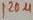
Text: 120µ